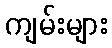
ကျမ်းများ